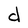
Character: d